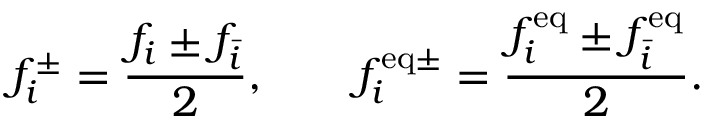
f _ { i } ^ { \pm } = \frac { f _ { i } \pm f _ { \bar { i } } } { 2 } , \qquad f _ { i } ^ { \mathrm { e q \pm } } = \frac { f _ { i } ^ { \mathrm { e q } } \pm f _ { \bar { i } } ^ { \mathrm { e q } } } { 2 } .